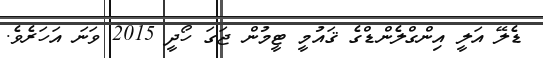
ޑެލޭ އަލީ އިންގްލެންޑްގެ ޤައުމީ ޓީމުން ޖަގަ ހޯދީ 2015 ވަނަ އަހަރެވެ.